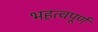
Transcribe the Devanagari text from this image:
भहत्वपूर्ण